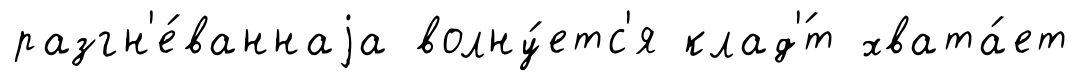
разгн'е́ваннаjа волну́етс'я клад'́т хвата́ет